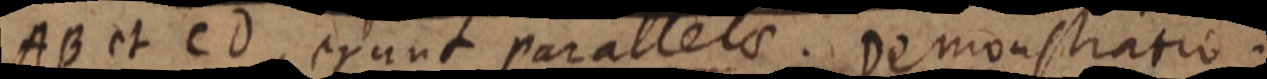
AB et CD, erunt parallelo. Demonstratio: